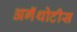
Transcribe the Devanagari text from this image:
अगॅथोटीस